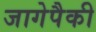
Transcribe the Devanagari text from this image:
जागेपैकी